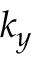
k _ { y }